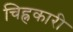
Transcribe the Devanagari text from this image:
चिह्नकारी